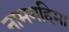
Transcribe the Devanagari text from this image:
नाममहिमा